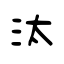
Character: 汰